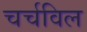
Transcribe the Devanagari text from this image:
चर्चविल